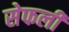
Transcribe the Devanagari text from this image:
सेफली